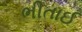
ભીતાઈ